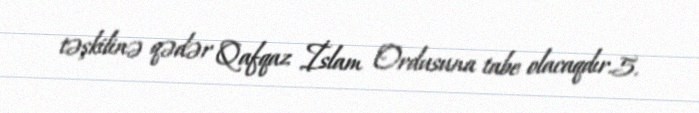
təşkilinə qədər Qafqaz İslam Ordusuna tabe olacaqdır.5.